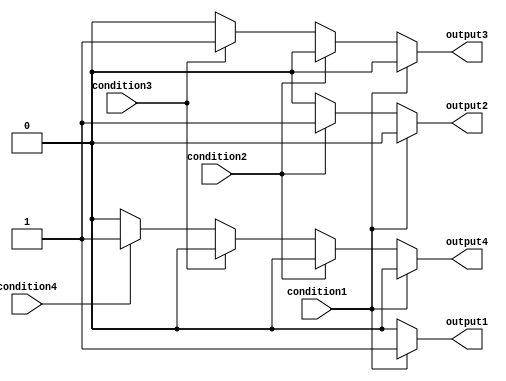
module if_else_ladder_statement (
    input condition1,
    input condition2,
    input condition3,
    input condition4,
    output reg output1,
    output reg output2,
    output reg output3,
    output reg output4
);

always @(condition1 or condition2 or condition3 or condition4)
begin
    if (condition1) begin
        output1 <= 1;
        output2 <= 0;
        output3 <= 0;
        output4 <= 0;
    end
    else if (condition2) begin
        output1 <= 0;
        output2 <= 1;
        output3 <= 0;
        output4 <= 0;
    end
    else if (condition3) begin
        output1 <= 0;
        output2 <= 0;
        output3 <= 1;
        output4 <= 0;
    end
    else if (condition4) begin
        output1 <= 0;
        output2 <= 0;
        output3 <= 0;
        output4 <= 1;
    end
    else begin
        output1 <= 0;
        output2 <= 0;
        output3 <= 0;
        output4 <= 0;
    end
end

endmodule